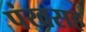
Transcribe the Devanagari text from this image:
पंखसह